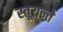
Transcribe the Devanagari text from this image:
स्तूयन्ते